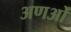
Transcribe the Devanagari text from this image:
अणओं